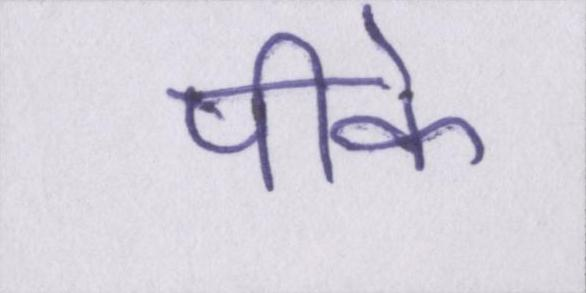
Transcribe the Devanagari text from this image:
पीके